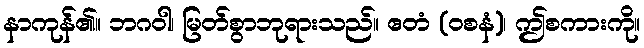
နာကုန်၏။ ဘဂဝါ၊ မြတ်စွာဘုရားသည်။ ဧတံ (ဝစနံ)၊ ဤစကားကို။